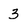
Character: 3